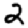
Digit: 2